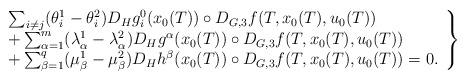
LaTeX: \begin{align*}\left.\begin{array}{l} \sum_{i\neq j} (\theta^1_i-\theta^2_i) D_Hg_i^0(x_0(T))\circ D_{G,3}f(T,x_0(T),u_0(T)) \\+ \sum_{\alpha=1}^{m} (\lambda^1_\alpha-\lambda^2_\alpha) D_Hg^\alpha(x_0(T))\circ D_{G,3}f(T,x_0(T),u_0(T)) \\+\sum_{\beta=1}^{q} (\mu^1_\beta-\mu^2_\beta) D_Hh^\beta(x_0(T))\circ D_{G,3}f(T,x_0(T),u_0(T))=0.\end{array}\right\}\end{align*}